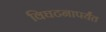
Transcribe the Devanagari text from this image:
विघटनापर्यंत